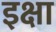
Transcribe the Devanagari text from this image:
इक्षा